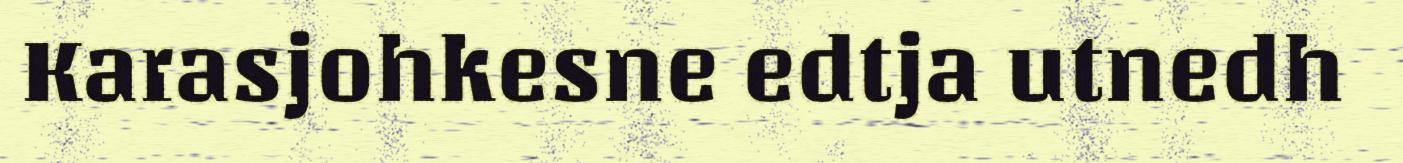
Karasjohkesne edtja utnedh